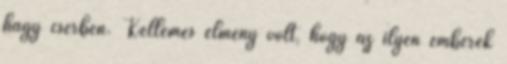
hagy cserben. Kellemes élmény volt, hogy az ilyen emberek